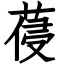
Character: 葠